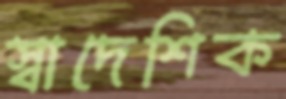
স্বাদেশিক